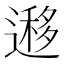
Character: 𨖨